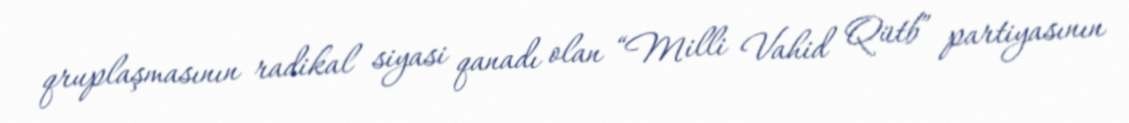
qruplaşmasının radikal siyasi qanadı olan “Milli Vahid Qütb” partiyasının